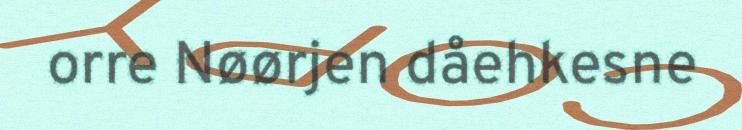
orre Nøørjen dåehkesne